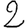
Digit: 2